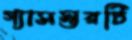
গ্যাসস্তরটি